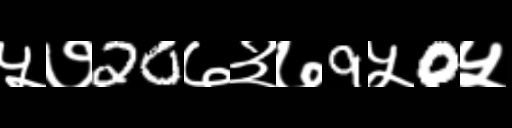
Text: ५७20७३७9५0५